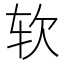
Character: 软